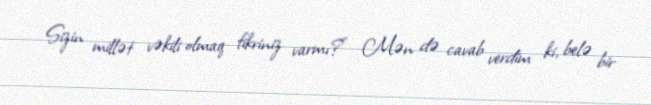
Sizin millət vəkili olmaq fikriniz varmı?” Mən də cavab verdim ki, belə bir